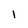
Character: 1